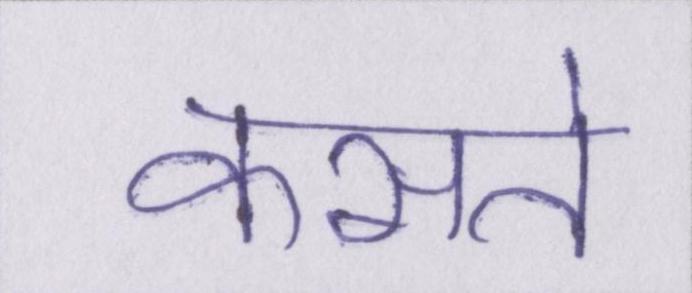
कसते